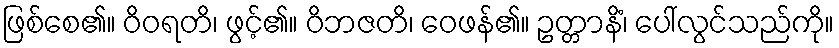
ဖြစ်စေ၏။ ဝိဝရတိ၊ ဖွင့်၏။ ဝိဘဇတိ၊ ဝေဖန်၏။ ဥတ္တာနိံ၊ ပေါ်လွင်သည်ကို။